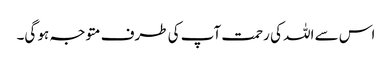
اس سے اللہ کی رحمت آپ کی طرف متوجہ ہو گی۔